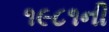
૧૯૮૧ની